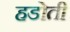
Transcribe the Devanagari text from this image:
हडोती